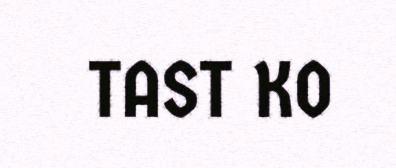
TAST KO